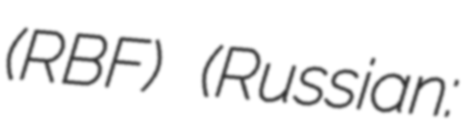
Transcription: (RBF) (Russian: